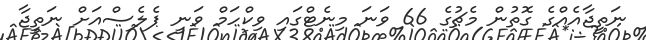
ނަތީޖާއެއްގެ ގޮތުން މެޗުގެ 66 ވަނަ މިނެޓްގައި ވިކްހަމް ވަނީ ޕެލެސްއަށް ނަތީޖާ